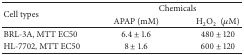
<table><thead><tr><td rowspan="2"><b>Cell types</b></td><td colspan="2"><b>Chemicals</b></td></tr><tr><td><b>APAP (mM)</b></td><td><b> H<sub>2</sub>O<sub>2</sub> (<i>μ</i>M)</b></td></tr></thead><tbody><tr><td>BRL-3A, MTT EC50</td><td>6.4 ± 1.6</td><td>480 ± 120</td></tr><tr><td>HL-7702, MTT EC50</td><td>8 ± 1.6</td><td>600 ± 120</td></tr></tbody></table>